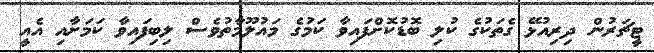
ޓީޗަރުން ދިރިއުޅޭ ގެތަކުގެ ކުލި ބޮޑުކޮށްފައިވާ ކަމަުގެ މައުލޫމާތުވެސް ލިބިފައިވާ ކަމަށާއި އެއީ